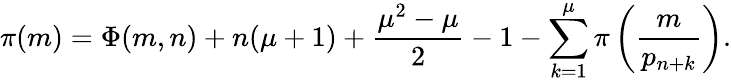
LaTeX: \pi(m)=\Phi(m,n)+n(\mu+1)+{\frac{\mu^{2}-\mu}{2}}-1-\sum_{k=1}^{\mu}\pi\left({\frac{m}{p_{n+k}}}\right).